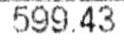
599.43